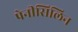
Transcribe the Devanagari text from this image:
पेनीसिलिन